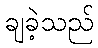
ချခဲ့သည်